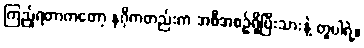
ကြည့်ရတာကတော့ နဂိုကတည်းက အစီအစဉ်ရှိပြီးသားနဲ့ တူပါရဲ့။